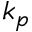
k _ { p }